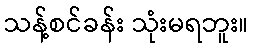
သန့်စင်ခန်း သုံးမရဘူး။